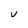
Character: U